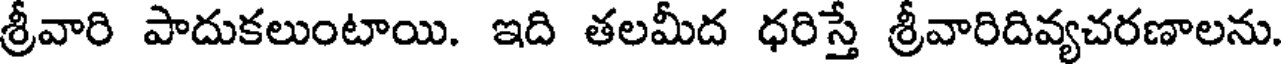
శ్రీవారి పాదుకలుంటాయి. ఇది తలమీద ధరిస్తే శ్రీవారిదివ్యచరణాలను.